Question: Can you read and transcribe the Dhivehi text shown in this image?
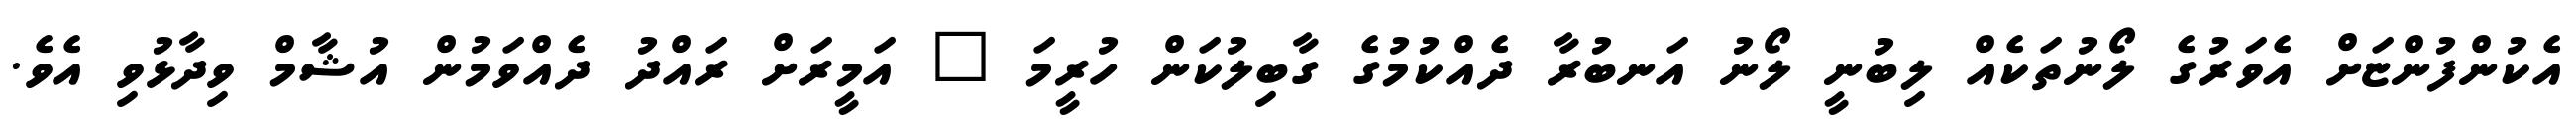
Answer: އެކުންފުންޏަށް އެވަރުގެ ލޯނުތަކެއް ލިބުނީ ލޯނު އަނބުރާ ދެއްކުމުގެ ގާބިލުކަން ހުރީމަ " އަމީރަށް ރައްދު ދެއްވަމުން އުޝާމް ވިދާޅުވި އެވެ.